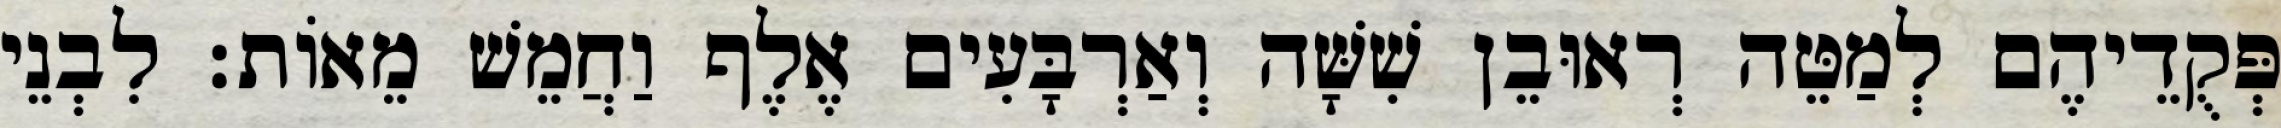
פְּקֻדֵיהֶם לְמַטֵּה רְאוּבֵן שִׁשָּׁה וְאַרְבָּעִים אֶלֶף וַחֲמֵשׁ מֵאוֹת׃ לִבְנֵי